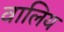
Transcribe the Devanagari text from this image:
वालिय